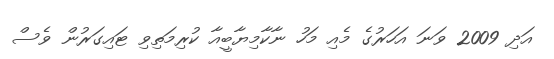
އަދި 2009 ވަނަ އަހަރުގެ މެއި މަހު ނާކާމިޔާބީއާ ކުރިމަތިވި ޓައިގަރުން ވެސް